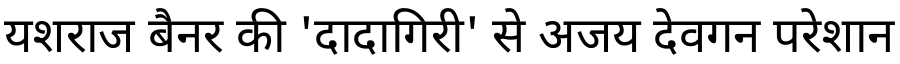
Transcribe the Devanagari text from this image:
यशराज बैनर की 'दादागिरी' से अजय देवगन परेशान